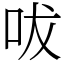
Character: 㕹